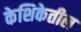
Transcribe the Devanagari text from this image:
केशिकेतील